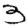
Digit: 3